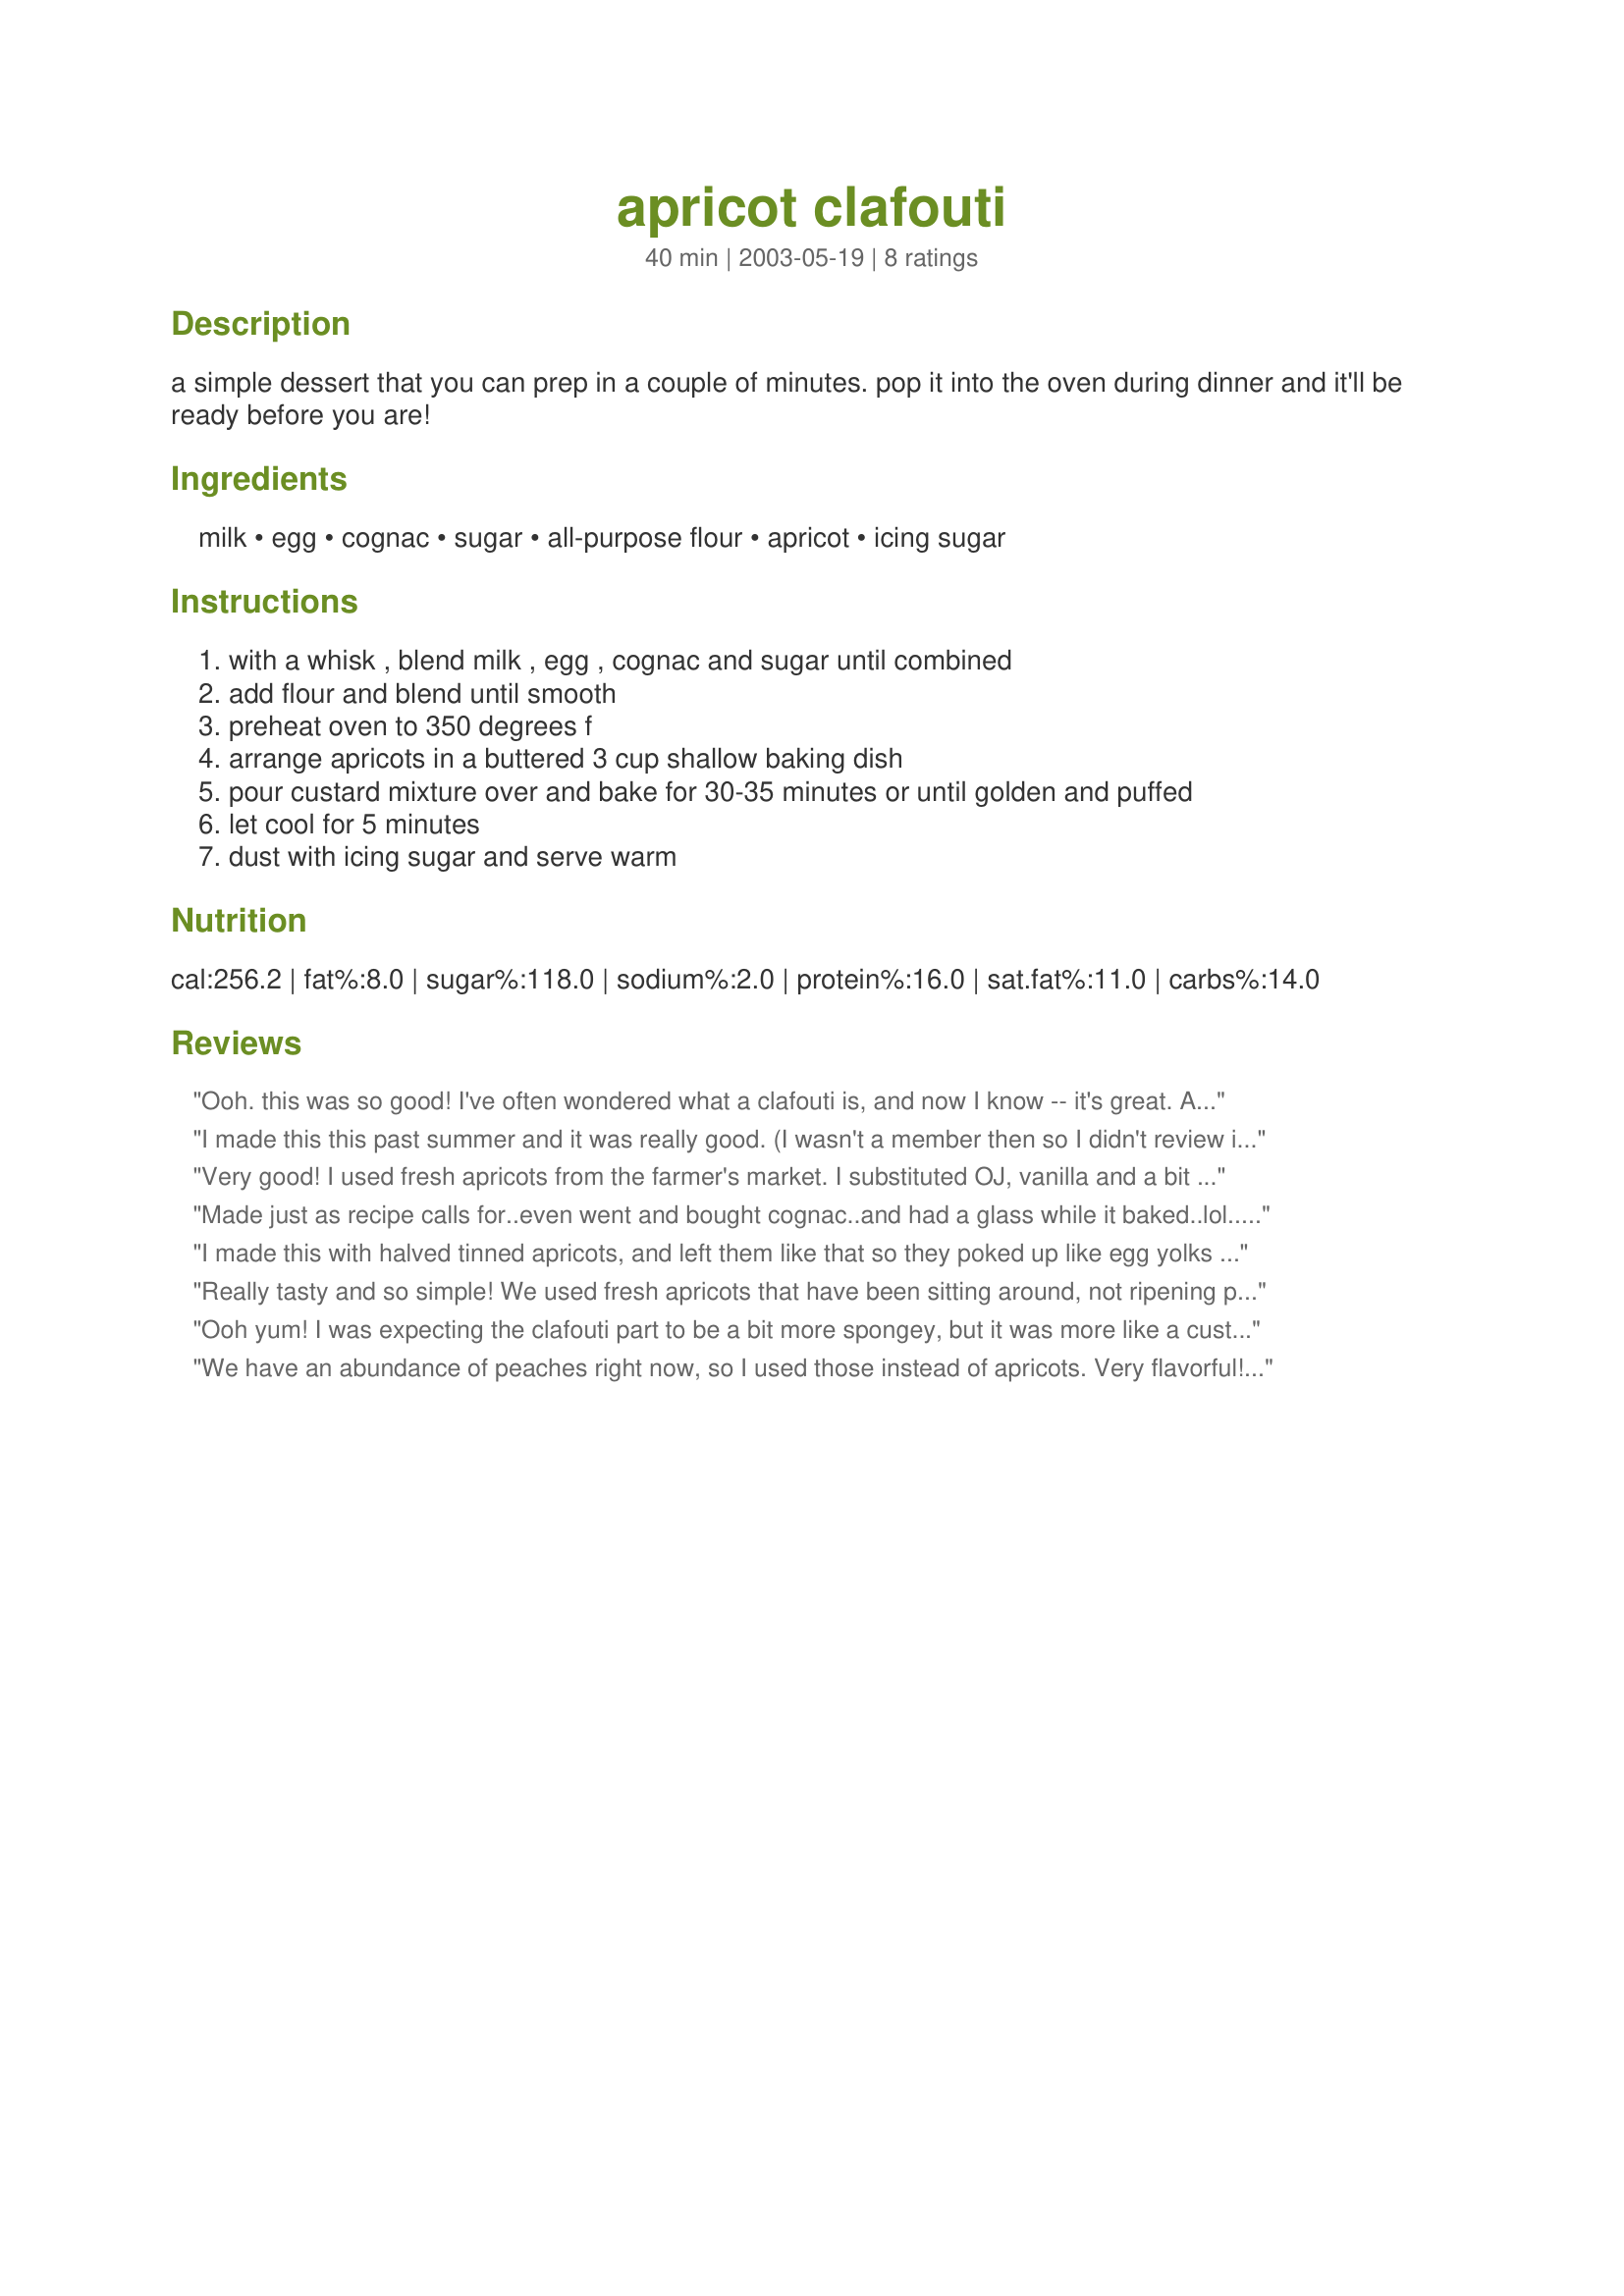
apricot clafouti
Preparation time: 40 minutes

a simple dessert that you can prep in a couple of minutes. pop it into the oven during dinner and it'll be ready before you are!

Ingredients:
milk, egg, cognac, sugar, all-purpose flour, apricot, icing sugar

Steps:
with a whisk , blend milk , egg , cognac and sugar until combined, add flour and blend until smooth, preheat oven to 350 degrees f, arrange apricots in a buttered 3 cup shallow baking dish, pour custard mixture over and bake for 30-35 minutes or until golden and puffed, let cool for 5 minutes, dust with icing sugar and serve warm

Reviews:
Ooh. this was so good! I've often wondered what a clafouti is, and now I know -- it's great. A wonderful summer dessert. And very easy to make! Next time I will try it with cherries as you suggest in another thread. And maybe some soft ice cream on the side. Otherwise I wouldn't change a thing. Thanks so much for sharing this recipe, Evelyn/Athens.
I made this this past summer and it was really good. (I wasn't a member then so I didn't review it then). I didn't have cognac, so I think I used about a teaspoon of vanilla extract instead. The batter is just sweet enough to go with the sweet-tartness of the apricots, and this tasted really light and fresh and perfect for summer.
Very good! I used fresh apricots from the farmer's market. I substituted OJ, vanilla and a bit of almond extract for the cognac. Wonderful served warm with the powdered sugar. Also good with vanilla ice cream. Also, this is very quick to whip and bake. Thanks for suggesting this, evelyn! I will make this again.
Made just as recipe calls for..even went and bought cognac..and had a glass while it baked..lol..this was super..will make again..Thanks
I made this with halved tinned apricots, and left them like that so they poked up like egg yolks through the batter. I also had no cognac, so used an orange liqueur which was good. Using the halved canned apricots, I had this mixed and in the oven in 5 minute. that's a plus, so is the fact it is quite low in fat-I also used a lower fat milk.
Really tasty and so simple! We used fresh apricots that have been sitting around, not ripening properly for some reason. This was perfect for them. I added an extra 1/2 tbs sugar, because I was worried that they would be tart. I followed the recipe exactly, using organic whole milk and a lovely 30 year old cognac. This has a wonderful light but rich flavor. BF and I polished this off quickly between us, so I would agree with the 2 serving size, although I think you could probably stretch this further if you served with, say, ice cream, on the side. I baked this in a deep-dish 9" pie pan, but the clafouti was rather thin in the end. The flavors in this are terrific- it tastes so rich, although it is not bad for you at all! Thank you for posting- this was delicious!
Ooh yum! I was expecting the clafouti part to be a bit more spongey, but it was more like a custard. This was great! Nice and simple, I subbed almond extract and an extra Tb of milk for the cognac, and I also used canned apricots for economy's sake. Delish! I will definitely make this again.
We have an abundance of peaches right now, so I used those instead of apricots. Very flavorful! The custard wasn't quite what I was expecting, but tasty none-the-less. We had ours with a small scoop of vanilla ice cream. Very nice!
